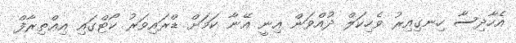
އެހާދިސާ ހިނގިއިރު ވެހިކަލް ދުއްވަން އިނީ އޭނާ ކަމަށް ޑްރައިވަރު ކޯޓްގައި އިޢްތިރާފް